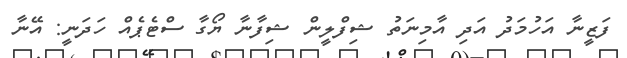
ފަޒީނާ އަހުމަދު އަދި އާމިނަތު ޝިފްލީން ޝިފާނާ ޔޯގާ ސްޓެޕެއް ހަދަނީ: އޭނާ